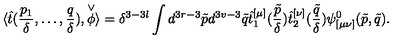
\langle \hat { t } ( \frac { p _ { 1 } } { \delta } , \ldots , \frac { q } { \delta } ) , \stackrel { \vee } { \phi } \rangle = \delta ^ { 3 - 3 l } \int d ^ { 3 r - 3 } \tilde { p } d ^ { 3 v - 3 } \tilde { q } \hat { t } _ { 1 } ^ { [ \mu ] } ( \frac { \tilde { p } } { \delta } ) \hat { t } _ { 2 } ^ { [ \nu ] } ( \frac { \tilde { q } } { \delta } ) \psi _ { [ \mu \nu ] } ^ { 0 } ( \tilde { p } , \tilde { q } ) .